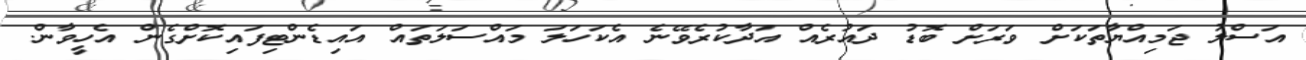
އަސްލު ޖަމިއްޔާތަކަށް ވަރަށް ބޮޑު ދައުރެއް އަދާކުރެވޭނެ އެކަހަލަ މައްސަލަތައް އައިޑެންޓިފައިކޮށްގެން އެހީވާން.